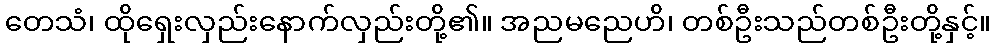
တေသံ၊ ထိုရှေးလှည်းနောက်လှည်းတို့၏။ အညမညေဟိ၊ တစ်ဦးသည်တစ်ဦးတို့နှင့်။